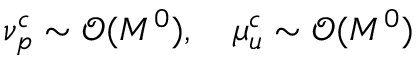
\nu _ { p } ^ { c } \sim \mathcal { O } ( M ^ { 0 } ) , \quad \mu _ { u } ^ { c } \sim \mathcal { O } ( M ^ { 0 } )